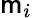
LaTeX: \mathsf{m}_{i}